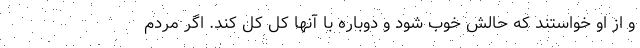
و از او خواستند که حالش خوب شود و دوباره با آنها کل کل کند. اگر مردم